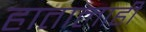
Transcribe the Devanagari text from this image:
हातालाही